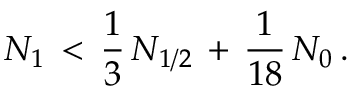
N _ { 1 } \, < \, \frac { 1 } { 3 } \, N _ { 1 / 2 } \, + \, \frac { 1 } { 1 8 } \, N _ { 0 } \, .